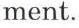
ment.